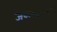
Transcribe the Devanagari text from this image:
जळगांवमध्ये